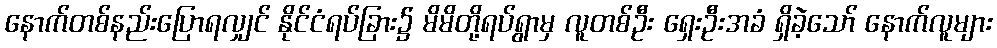
နောက်တစ်နည်းပြောရလျှင် နိုင်ငံရပ်ခြား၌ မိမိတို့ရပ်ရွာမှ လူတစ်ဦး ရှေးဦးအခံ ရှိခဲ့သော် နောက်လူများ